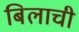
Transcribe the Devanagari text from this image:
बिलाची